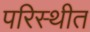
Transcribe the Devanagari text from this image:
परिस्थीत